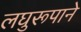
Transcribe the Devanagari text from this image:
लघुरूपाने